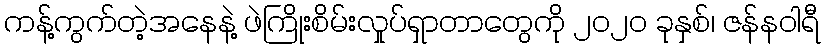
ကန့်ကွက်တဲ့အနေနဲ့ ဖဲကြိုးစိမ်းလှုပ်ရှာတာတွေကို ၂၀၂၀ ခုနှစ်၊ ဇန်နဝါရီ